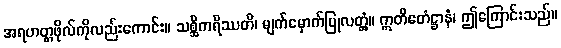
အရဟတ္တဖိုလ်ကိုလည်းကောင်း။ သစ္ဆိကရိဿတိ၊ မျက်မှောက်ပြုလတ္တံ့။ ဣတိဧတံဋ္ဌာနံ၊ ဤကြောင်းသည်။